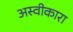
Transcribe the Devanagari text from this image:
अस्वीकारा